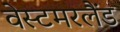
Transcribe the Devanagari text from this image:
वेस्टमरलैंड